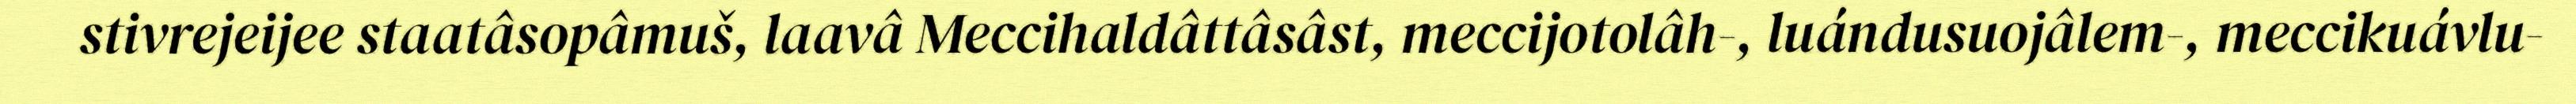
stivrejeijee staatâsopâmuš, laavâ Meccihaldâttâsâst, meccijotolâh-, luándusuojâlem-, meccikuávlu-